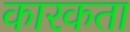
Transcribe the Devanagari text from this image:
कारकता